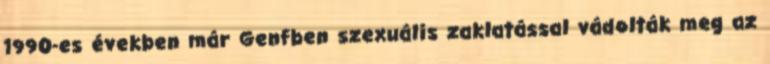
1990-es években már Genfben szexuális zaklatással vádolták meg az